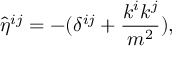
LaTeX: { \hat { \eta } } ^ { i j } = - ( \delta ^ { i j } + { \frac { k ^ { i } k ^ { j } } { m ^ { 2 } } } ) ,